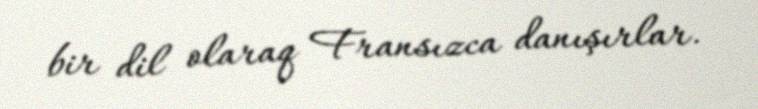
bir dil olaraq Fransızca danışırlar.